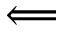
\Longleftarrow